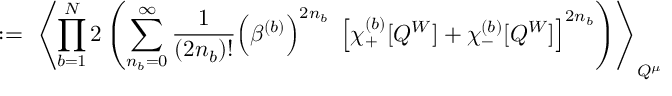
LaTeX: : = \; \left\langle \prod _ { b = 1 } ^ { N } 2 \left( \sum _ { n _ { b } = 0 } ^ { \infty } \frac { 1 } { ( 2 n _ { b } ) ! } \Big ( \beta ^ { ( b ) } \Big ) ^ { 2 n _ { b } } \; \left[ \chi _ { + } ^ { ( b ) } [ Q ^ { W } ] + \chi _ { - } ^ { ( b ) } [ Q ^ { W } ] \right] ^ { 2 n _ { b } } \right) \right\rangle _ { Q ^ { \mu } }